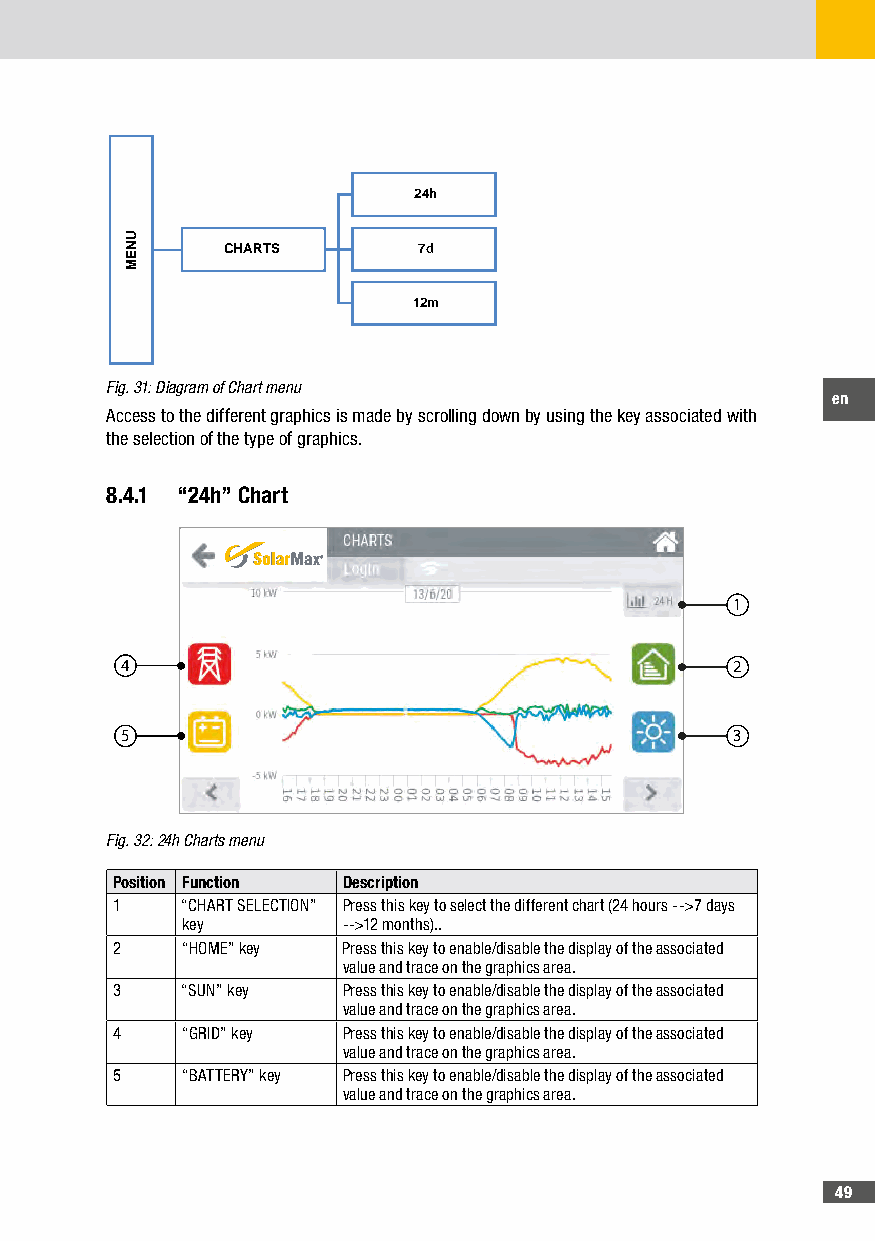
24h
 CHARTS       7d
 12m
 Fig. 31: Diagram of Chart menu
 en
 Access to the different graphics is made by scrolling down by using the key associated with
 the selection of the type of graphics.
 8�4�1 “24h” Chart
 1
 4                                       2
 5                                       3
 Fig. 32: 24h Charts menu
 Position Function Description
 1    “CHART SELECTION” Press this key to select the different chart (24 hours -->7 days
 key        -->12 months)..
 2    “HOME” key Press this key to enable/disable the display of the associated
 value and trace on the graphics area.
 3    “SUN” key  Press this key to enable/disable the display of the associated
 value and trace on the graphics area.
 4    “GRID” key Press this key to enable/disable the display of the associated
 value and trace on the graphics area.
 5    “BATTERY” key Press this key to enable/disable the display of the associated
 value and trace on the graphics area.
 49
 UNEM